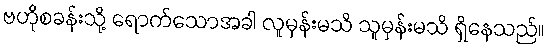
ဗဟိုစခန်းသို့ ရောက်သောအခါ လူမှန်းမသိ သူမှန်းမသိ ရှိနေသည်။